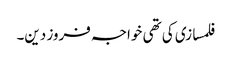
فلمسازی کی تھی خواجہ فروز دین۔